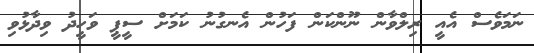
ނަމަވެސް އެއީ ރިލްވާން ނޫންކަން ފަހުން އެނގުނު ކަމަށް ސީޕީ ވަހީދު ވިދާޅުވި